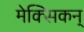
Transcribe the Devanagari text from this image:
मेक्सिकन्